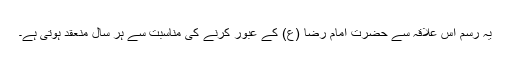
یہ رسم اس علاقہ سے حضرت امام رضا (ع) کے عبور کرنے کی مناسبت سے ہر سال منعقد ہوتی ہے۔